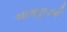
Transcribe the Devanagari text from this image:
गायकुरणे